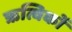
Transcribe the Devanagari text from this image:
ऋत्विकों